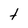
Character: t